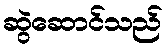
ဆွဲဆောင်သည်